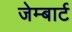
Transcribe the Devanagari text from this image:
जेम्बार्ट